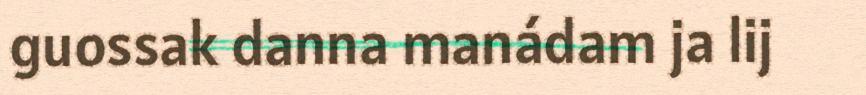
guossak danna manádam ja lij